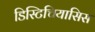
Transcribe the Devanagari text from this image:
डिस्टिचियासिस